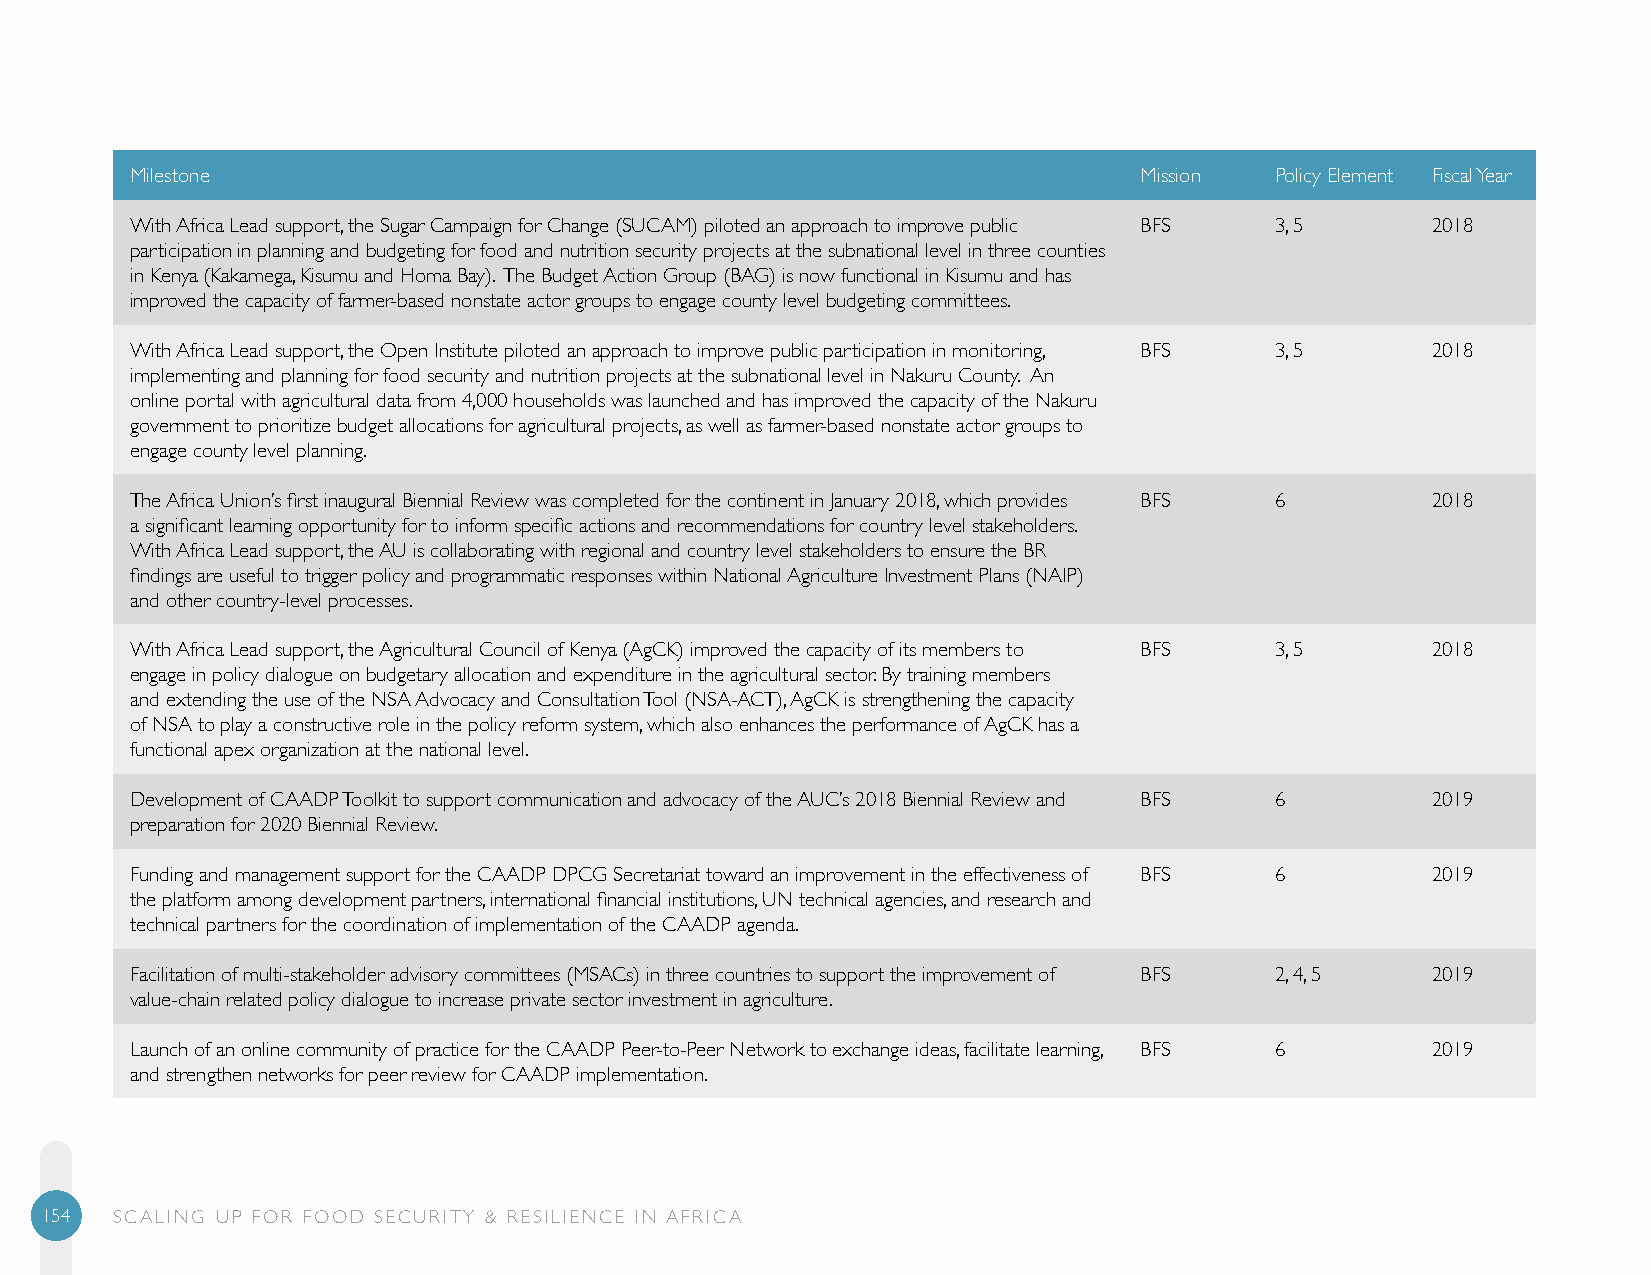
Milestone                                                         Mission  Policy Element Fiscal Year
 With Africa Lead support, the Sugar Campaign for Change (SUCAM) piloted an approach to improve public BFS 3, 5 2018
 participation in planning and budgeting for food and nutrition security projects at the subnational level in three counties
 in Kenya (Kakamega, Kisumu and Homa Bay). The Budget Action Group (BAG) is now functional in Kisumu and has
 improved the capacity of farmer-based nonstate actor groups to engage county level budgeting committees.
 With Africa Lead support, the Open Institute piloted an approach to improve public participation in monitoring, BFS 3, 5 2018
 implementing and planning for food security and nutrition projects at the subnational level in Nakuru County. An
 online portal with agricultural data from 4,000 households was launched and has improved the capacity of the Nakuru
 government to prioritize budget allocations for agricultural projects, as well as farmer-based nonstate actor groups to
 engage county level planning.
 The Africa Union’s first inaugural Biennial Review was completed for the continent in January 2018, which provides BFS 6 2018
 a significant learning opportunity for to inform specific actions and recommendations for country level stakeholders.
 With Africa Lead support, the AU is collaborating with regional and country level stakeholders to ensure the BR
 findings are useful to trigger policy and programmatic responses within National Agriculture Investment Plans (NAIP)
 and other country-level processes.
 With Africa Lead support, the Agricultural Council of Kenya (AgCK) improved the capacity of its members to BFS 3, 5 2018
 engage in policy dialogue on budgetary allocation and expenditure in the agricultural sector. By training members
 and extending the use of the NSA Advocacy and Consultation Tool (NSA-ACT), AgCK is strengthening the capacity
 of NSA to play a constructive role in the policy reform system, which also enhances the performance of AgCK has a
 functional apex organization at the national level.
 Development of CAADP Toolkit to support communication and advocacy of the AUC’s 2018 Biennial Review and BFS 6 2019
 preparation for 2020 Biennial Review.
 Funding and management support for the CAADP DPCG Secretariat toward an improvement in the effectiveness of BFS 6 2019
 the platform among development partners, international financial institutions, UN technical agencies, and research and
 technical partners for the coordination of implementation of the CAADP agenda.
 Facilitation of multi-stakeholder advisory committees (MSACs) in three countries to support the improvement of BFS 2, 4, 5 2019
 value-chain related policy dialogue to increase private sector investment in agriculture.
 Launch of an online community of practice for the CAADP Peer-to-Peer Network to exchange ideas, facilitate learning, BFS 6 2019
 and strengthen networks for peer review for CAADP implementation.
 154 SCALING UP FOR FOOD SECURITY & RESILIENCE IN AFRICA